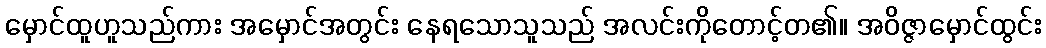
မှောင်ထူဟူသည်ကား အမှောင်အတွင်း နေရသောသူသည် အလင်းကိုတောင့်တ၏။ အဝိဇ္ဇာမှောင်ထွင်း